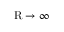
\mathrm { R } \to \infty